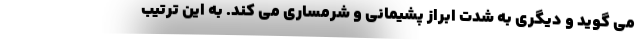
می گوید و دیگری به شدت ابراز پشیمانی و شرمساری می کند. به این ترتیب